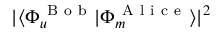
| \langle { \Phi _ { u } ^ { \mathrm { ~ B ~ o ~ b ~ } } } | { \Phi _ { m } ^ { \mathrm { ~ A ~ l ~ i ~ c ~ e ~ } } } \rangle | ^ { 2 }